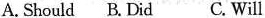
A. Should B.Did C. Will